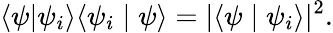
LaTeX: \langle\psi|\psi_{i}\rangle\langle\psi_{i}\mid\psi\rangle=|\langle\psi\mid\psi_{i}\rangle|^{2}.